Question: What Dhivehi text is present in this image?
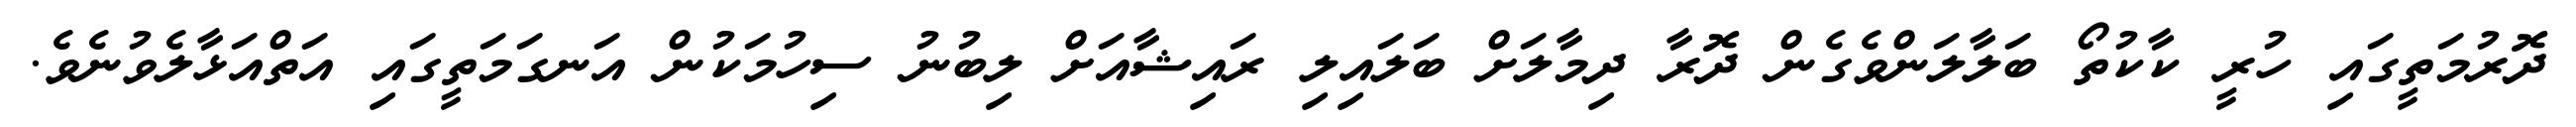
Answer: ދޮރުމަތީގައި ހުރީ ކާކުތޯ ބަލާލަންވެގެން ދޮރާ ދިމާލަށް ބަލައިލި ރައިޝާއަށް ލިބުނު ސިހުމަކުން އަނގަމަތީގައި އަތްއަޅާލެވުނެވެ.